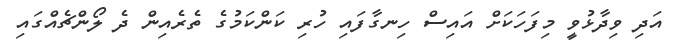
އަދި ވިދާޅުވީ މިފަހަކަށް އައިސް ހިނގާފައި ހުރި ކަންކަމުގެ ތެރެއިން ދެ ލޯންޗެއްގައި